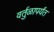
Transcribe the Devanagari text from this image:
वर्तुळापर्यंत